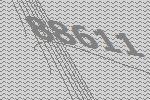
88611